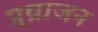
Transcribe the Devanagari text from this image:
प्र्व्राजन